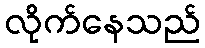
လိုက်နေသည်